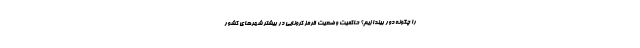
را چگونه دور بیندازیم؟ حاکمیت وضعیت قرمز کرونایی در بیشتر شهرهای کشور